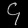
Digit: ၄